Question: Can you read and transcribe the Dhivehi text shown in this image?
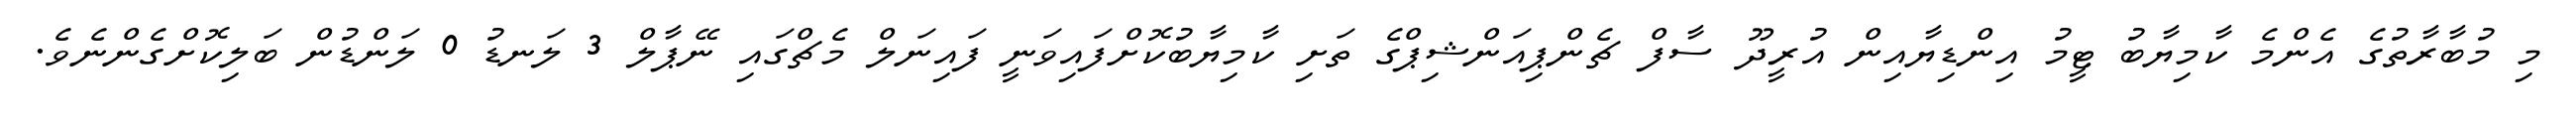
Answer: މި މުބާރާތުގެ އެންމެ ކާމިޔާބު ޓީމު އިންޑިޔާއިން އުރީދޫ ސާފް ޗެންޕިއަންޝިޕްގެ ތަށި ކާމިޔާބުކޮށްފައިވަނީ ފައިނަލް މެޗްގައި ނޭޕާލް 3 ލަނޑު 0 ލަންޑުން ބަލިކޮށްގެންނެވެ.